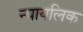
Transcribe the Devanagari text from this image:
न्यायलिक